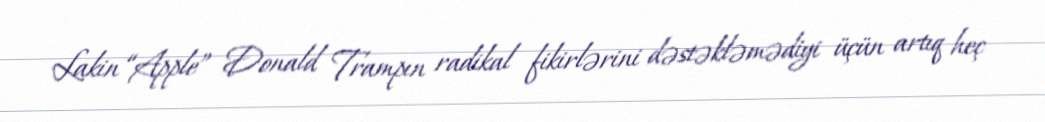
Lakin “Apple” Donald Trampın radikal fikirlərini dəstəkləmədiyi üçün artıq heç